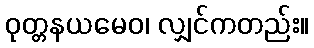
ဝုတ္တနယမေဝ၊ လျှင်ကတည်း။